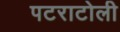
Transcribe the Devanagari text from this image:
पटराटोली